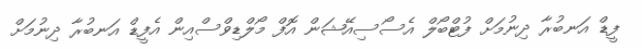
ފީޑް އަނބުރާ ދިނުމަށް ފުޓްބޯލް އެސޯސިއޭޝަން އޮފް މޯލްޑިވްސްއިން އެފީޑް އަނބުރާ ދިނުމަށް